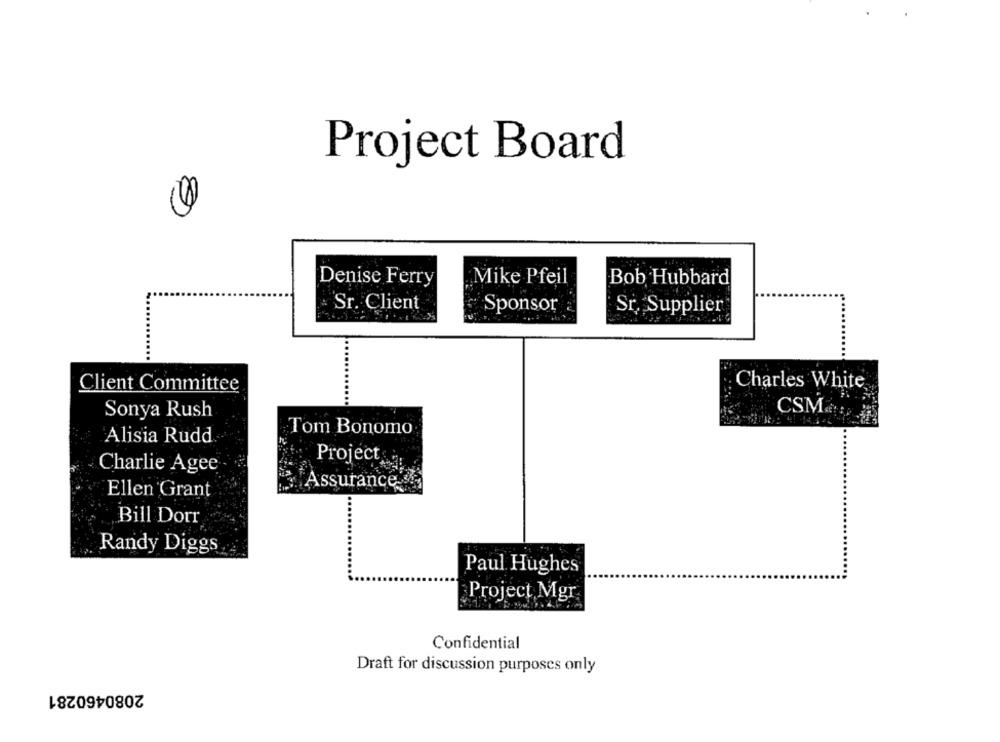
Project Board
0
Denise Ferry
Mike Pfeil
Bob Hubbard
Sr. Client
Sponsor
Sr, Supplier
...
Charles White
Client Committee
Sonya Rush
CSM.et
Tom Bonomo
Alisia Rudd
Project
Charlie Agee
Assurance
Ellen Grant
Bill Dorr
Randy Diggs
Paul Hughes
Project Mgr.
Confidential
Draft for discussion purposes only
2080460281